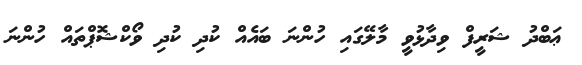
ޢަބްދު ޝަރީފް ވިދާޅުވީ މާލޭގައި ހުންނަ ބައެއް ކުދި ކުދި ވޯކްޝޮޕްތައް ހުންނަ